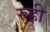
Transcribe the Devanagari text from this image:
रुही